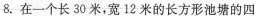
8.在一个长30米，宽12米的长方形池塘的四